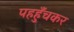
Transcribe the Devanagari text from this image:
पहहुँचकर